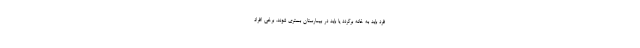
فرد باید به خانه برگردد یا باید در بیمارستان بستری شوند. برخی افراد